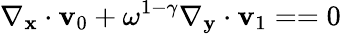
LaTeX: \nabla_{\mathbf x}\cdot\mathbf v_{0}+\omega^{1-\gamma}\nabla_{\mathbf y}\cdot\mathbf v_{1}==0